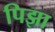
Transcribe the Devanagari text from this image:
पिझा